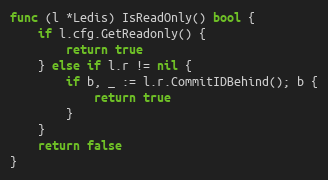
Language: Go
func (l *Ledis) IsReadOnly() bool {
	if l.cfg.GetReadonly() {
		return true
	} else if l.r != nil {
		if b, _ := l.r.CommitIDBehind(); b {
			return true
		}
	}
	return false
}